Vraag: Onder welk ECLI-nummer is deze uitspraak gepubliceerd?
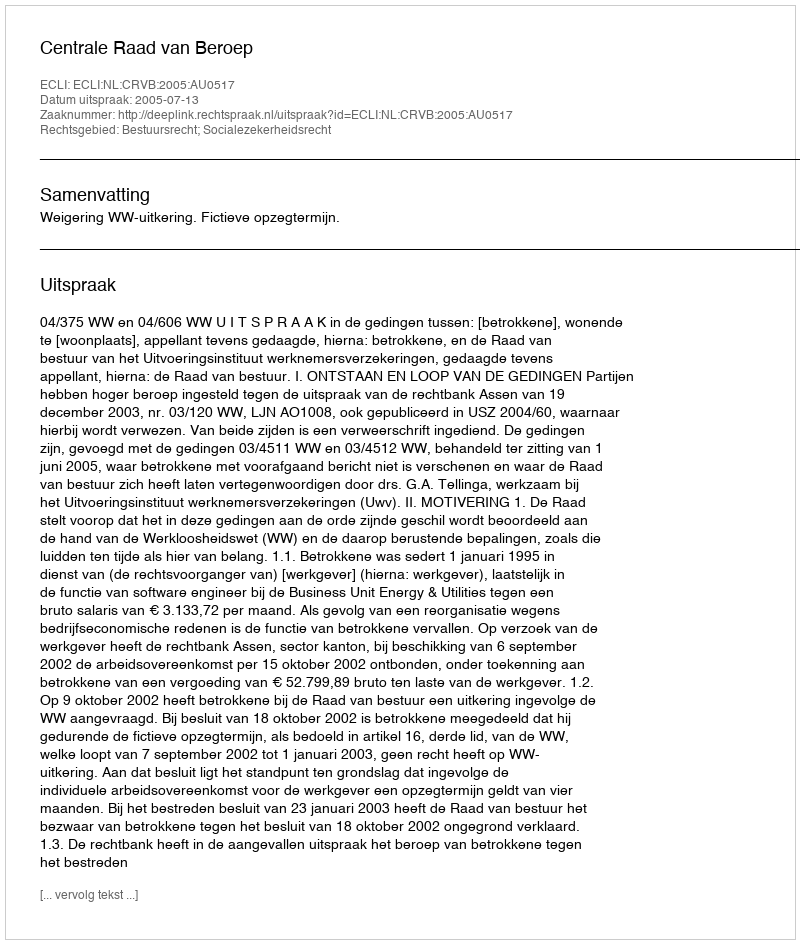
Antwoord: ECLI:NL:CRVB:2005:AU0517